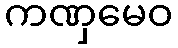
ကဏှမေဝ